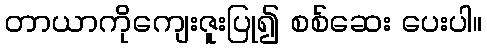
တာယာကိုကျေးဇူးပြု၍ စစ်ဆေး ပေးပါ။